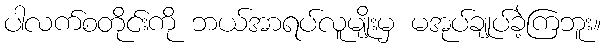
ပါလက်စတိုင်းကို ဘယ်အာရပ်လူမျိုးမှ မအုပ်ချုပ်ခဲ့ကြဘူး။